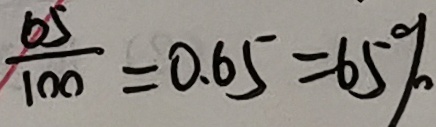
\frac { 6 5 } { 1 0 0 } = 0 . 6 5 = 6 5 \%